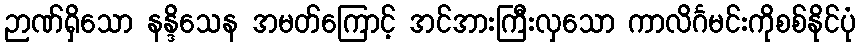
ဉာဏ်ရှိသော နန္ဒိသေန အမတ်ကြောင့် အင်အားကြီးလှသော ကာလိင်္ဂမင်းကိုစစ်နိုင်ပုံ